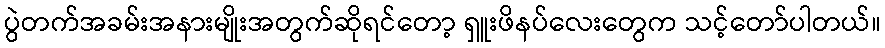
ပွဲတက်အခမ်းအနားမျိုးအတွက်ဆိုရင်တော့ ရှူးဖိနပ်လေးတွေက သင့်တော်ပါတယ်။